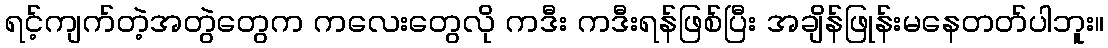
ရင့်ကျက်တဲ့အတွဲတွေက ကလေးတွေလို ကဒီး ကဒီးရန်ဖြစ်ပြီး အချိန်ဖြုန်းမနေတတ်ပါဘူး။